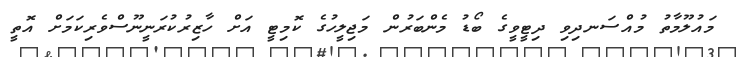
މައުލޫމާތު މުއްސަނދިވި ދިޓީވީގެ ބޯޑު މެންބަރުން މަޖިލީހުގެ ކޮމިޓީ އަށް ހާޒިރުކުރަނީނޫސްވެރިކަމަށް އޮތީ